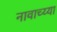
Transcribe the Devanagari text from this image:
नावाच्य्या